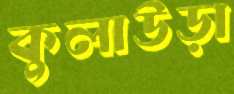
কুলাউড়া